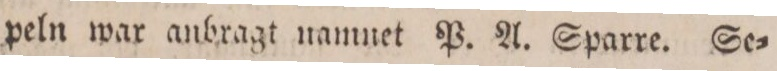
peln war anbragt namnet P. A. Sparre. Se=